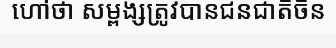
ហៅថា សម្ពង្សត្រូវបានជនជាតិចិន